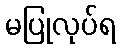
မပြုလုပ်ရ